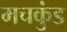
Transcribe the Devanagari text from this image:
मचकुंड